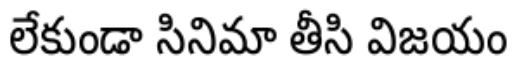
లేకుండా సినిమా తీసి విజయం